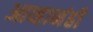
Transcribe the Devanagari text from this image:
आव्हानंही